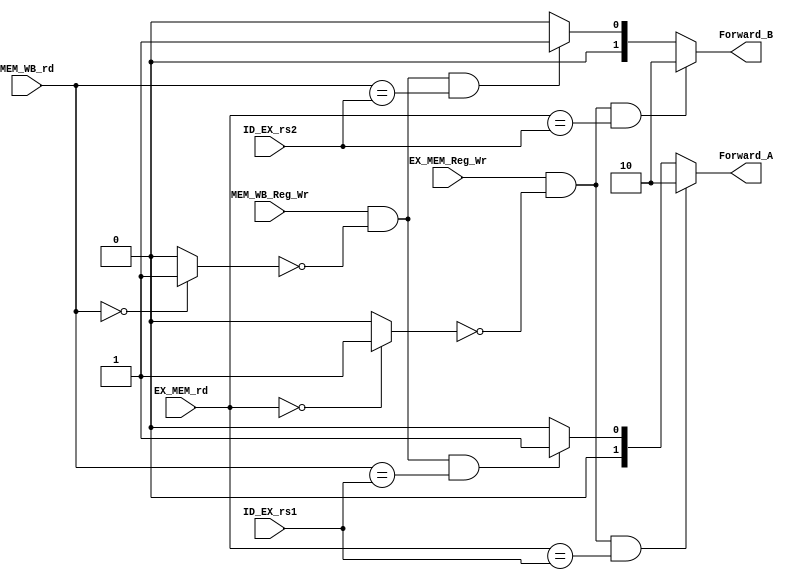
module Forward_Unit #(
	parameter WIDTH_SOURCE = 5
)
(
	input  wire 				   EX_MEM_Reg_Wr,
	input  wire 				   MEM_WB_Reg_Wr,
	input  wire [WIDTH_SOURCE-1:0] ID_EX_rs1,
	input  wire [WIDTH_SOURCE-1:0] ID_EX_rs2,
	input  wire [WIDTH_SOURCE-1:0] EX_MEM_rd,
	input  wire [WIDTH_SOURCE-1:0] MEM_WB_rd,

	// OUTPUT
	output reg [1:0] 			   Forward_A,
	output reg [1:0] 			   Forward_B
);

wire EX_dest_x0;
wire MEM_dest_x0;

assign EX_dest_x0 	  = !EX_MEM_rd? 1'b1:1'b0;
assign MEM_dest_x0 	  = !MEM_WB_rd? 1'b1:1'b0;

// Src1 ==> A
always @(*) begin

	Forward_A = 2'b00;
	
	// EX Forward
	if (EX_MEM_Reg_Wr && !EX_dest_x0 && (EX_MEM_rd == ID_EX_rs1)) begin
		Forward_A = 2'b10;		
	end
	// MEM Forward
	else if (MEM_WB_Reg_Wr && !MEM_dest_x0 && (MEM_WB_rd == ID_EX_rs1)) begin
		Forward_A = 2'b01;		
	end
	else begin
		Forward_A = 2'b00;
	end
	
end

// Src1 ==> B
always @(*) begin

	Forward_B = 2'b00;
	
	// EX Forward
	if (EX_MEM_Reg_Wr && !EX_dest_x0 && (EX_MEM_rd == ID_EX_rs2)) begin
		Forward_B = 2'b10;		
	end
	// MEM Forward
	else if (MEM_WB_Reg_Wr && !MEM_dest_x0 && (MEM_WB_rd == ID_EX_rs2)) begin
		Forward_B = 2'b01;		
	end
	else begin
		Forward_B = 2'b00;
	end
	
end

endmodule